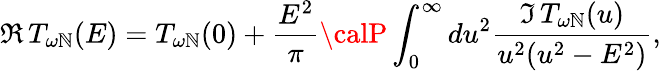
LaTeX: \Re\, T_{\omega\mathbb{N}}(E)=T_{\omega\mathbb{N}}(0)+\frac{{E^{2}}}{{\pi}}{\calP}\int_{0}^{\infty}du^{2}\frac{{\Im\, T_{\omega\mathbb{N}}(u)}}{{u^{2}(u^{2}-E^{2})}},